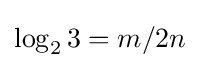
\log _{2}3=m/2n